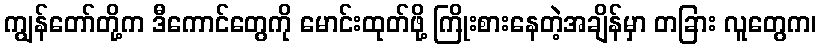
ကျွန်တော်တို့က ဒီကောင်တွေကို မောင်းထုတ်ဖို့ ကြိုးစားနေတဲ့အချိန်မှာ တခြား လူတွေက၊